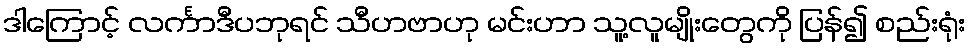
ဒါကြောင့် လင်္ကာဒီပဘုရင် သီဟဗာဟု မင်းဟာ သူ့လူမျိုးတွေကို ပြန်၍ စည်းရုံး